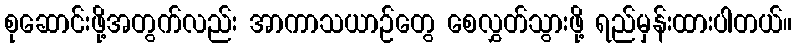
စုဆောင်းဖို့အတွက်လည်း အာကာသယာဉ်တွေ စေလွှတ်သွားဖို့ ရည်မှန်းထားပါတယ်။